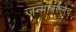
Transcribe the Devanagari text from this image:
जन्मावरूनच